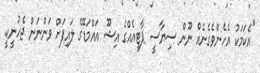
"އެކަމަކު އެހެންވެގެނެއް ނޫން ސިޔާސީ ޕާޓީއެއްގެ އިޝޫ އައްމަޑޭގެ ލައިފަށް ވަންނަން ޖެހުނީކީ.